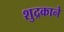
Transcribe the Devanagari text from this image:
शुद्रकाने